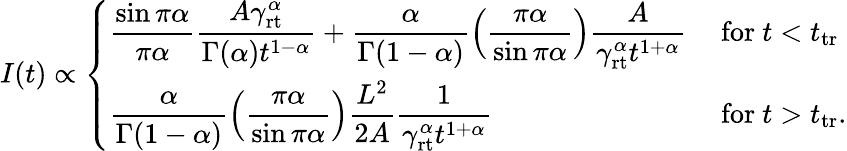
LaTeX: \begin{array}{r}{I(t)\propto\left\{ \begin{array}{ll}{\displaystyle\frac{\sin\pi\alpha}{\pi\alpha}\frac{A\gamma_{\mathrm{rt}}^{\alpha}}{\Gamma(\alpha)t^{1-\alpha}}+\frac{\alpha}{\Gamma(1-\alpha)}\left(\frac{\pi\alpha}{\sin\pi\alpha}\right)\frac{A}{\gamma_{\mathrm{rt}}^{\alpha}t^{1+\alpha}}}&{\mathrm{~for~}t<t_{\mathrm{tr}}}\\ {\displaystyle\frac{\alpha}{\Gamma(1-\alpha)}\left(\frac{\pi\alpha}{\sin\pi\alpha}\right)\frac{L^{2}}{2A}\frac{1}{\gamma_{\mathrm{rt}}^{\alpha}t^{1+\alpha}}}&{\mathrm{~for~}t>t_{\mathrm{tr}}.}\end{array}\right.}\end{array}